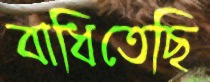
বাধিতেছি